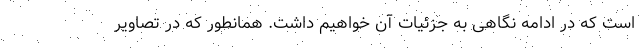
است که در ادامه نگاهی به جزئیات آن خواهیم داشت. همانطور که در تصاویر